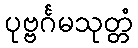
ပုဗ္ဗင်္ဂမသုတ္တံ